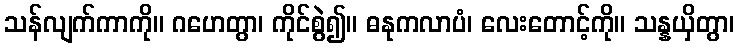
သန်လျက်ကာကို။ ဂဟေတွာ၊ ကိုင်စွဲ၍။ ဓနုကလာပံ၊ လေးတောင့်ကို။ သန္နယှိတွာ၊